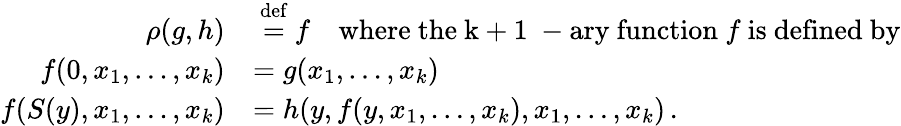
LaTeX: {\begin{array}{rl}{\rho(g,h)}&{\ {\stackrel{\mathrm{def}}{=}}\ f\quad{\mathrm{where~the~k+1~-ary~function~}}f{\mathrm{~is~defined~by}}}\\ {f(0,x_{1},\ldots,x_{k})}&{=g(x_{1},\ldots,x_{k})}\\ {f(S(y),x_{1},\ldots,x_{k})}&{=h(y,f(y,x_{1},\ldots,x_{k}),x_{1},\ldots,x_{k})\, .}\end{array}}